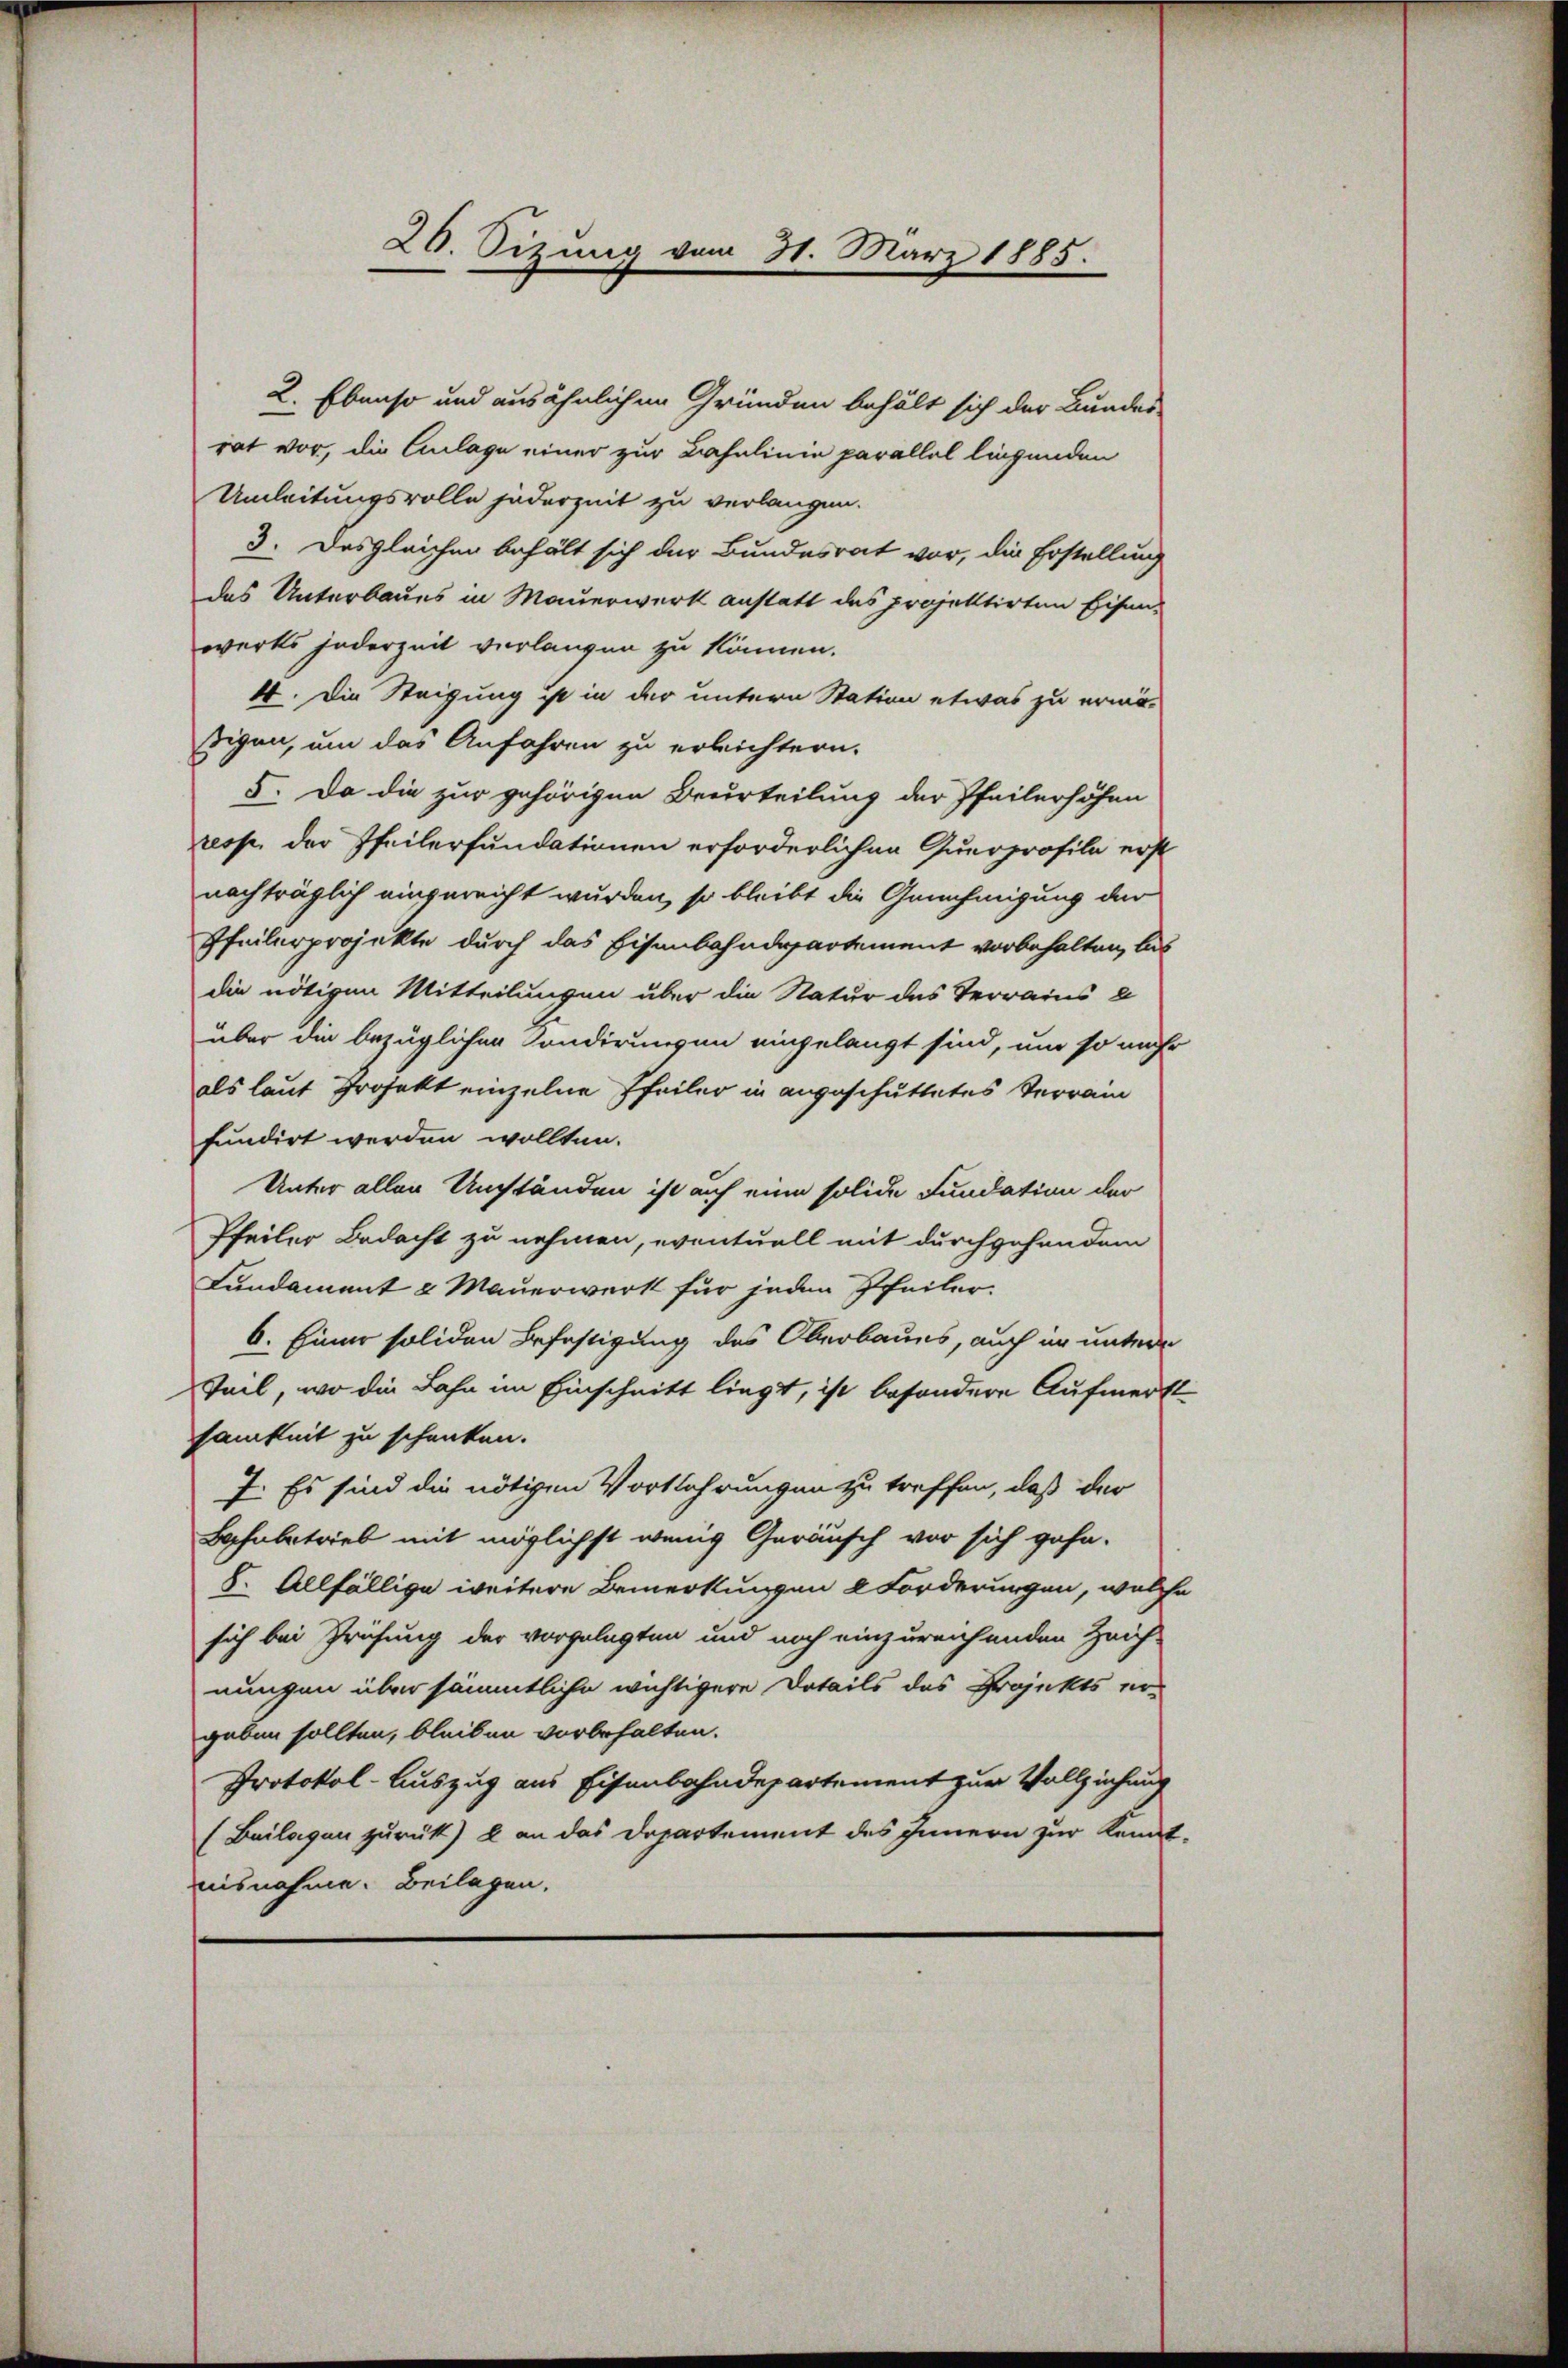
2. Ebenso und ausähnlichen Gründen behält sich der Bundes
rat vor, die Anlage einer zur Bahnlinie parallel liegenden
Umleitungsvolle jederzeit zu verlangen.
3. Desgleichen behält sich der Bundesrat vor, die Erstellung
das Unterbaues in Mauerwerk anstatt des projektirten Eisen-
werks jederzeit verlangen zu können.
4. Die Steigung ist in der untern Station etwas zu ermö-
sigen, um das Anfahren zu erleichtern.
5. Da die zur gehörigen Beurteilung der Pfeilerhöhen
resp. der Pfeilerfundationen erforderlichen Querprofile erst
nachträglich eingereicht wurden, so bleibt die Genehmigung der
Pfeilerprojekte durch das Eisenbahndepartement vorbehalten, las
die nötigen Mitteilungen über die Natur das Verrains e
über die bezüglichen Sondirungen eingelangt sind, um so mehr
als laut Projekt einzelne Pfeiler in angeschüttetes Verrain
fundirt werden wollten.
Unter allen Umständen ist auf eine solide Fundation der
Pfeiler Bedacht zu nehmen, eventuell mit durchgehendem
Fundament & Mauerwerk für jeden Pfeiler-
6. Einer soliden Befestigung des Oberbaues, auch in untere
Teil, wo die Bahn im Einschnitt liegt, ist besondere Aufmerkt
samkeit zu schenken.
7. Es sind die nötigen Vorkehrungen zu treffen, daß der
Bahnbetrieb mit möglichst wenig Geräusch vor sich geha
8. Allfällige weitere Bemerkungen 2 Forderungen, welche
sich bei Prüfung der vorgelegten und noch einzureichenden Zeich-
nungen über sämmtliche wichtigere Details des Projekts ergeben sollten, bleiben vorbehalten.
Protokol-Auszug aus Eisenbahndepartement zur Vollziehung
(Beilagen zurück) & an das Departement des Innern zur Kennt-
nisnehme. Beilagen.

26. Sizung vom 31. März 1885.